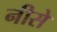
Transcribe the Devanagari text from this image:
नीसे